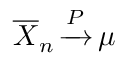
\displaystyle { \overline { { X } } } _ { n } \, { \xrightarrow { P } } \, \mu